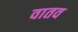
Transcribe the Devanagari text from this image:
वातव